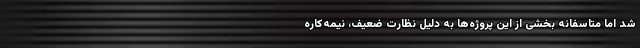
شد اما متاسفانه بخشی از این پروژه‌ها به دلیل نظارت ضعیف، نیمه‌کاره